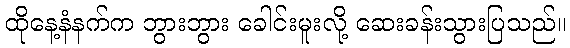
ထိုနေ့နံနက်က ဘွားဘွား ခေါင်းမူးလို့ ဆေးခန်းသွားပြသည်။